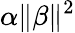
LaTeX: \alpha\| \beta\| ^{2}